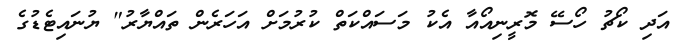
އަދި ކޯޗު ހޯސޭ މޮރީނިއޯއާ އެކު މަސައްކަތް ކުރުމަށް އަހަރެން ތައްޔާރު" ޔުނައިޓެޑުގެ